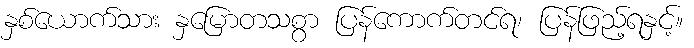
နှစ်ယောက်သား နှမြောတသစွာ ပြန်ကောက်တင်ရ၊ ပြန်ဖြည့်ရနှင့်။